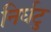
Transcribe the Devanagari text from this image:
निर्घटु